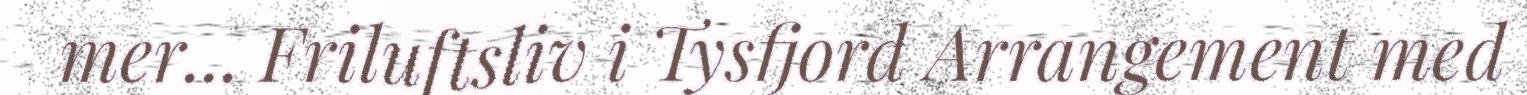
mer... Friluftsliv i Tysfjord Arrangement med